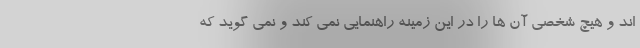
اند و هیچ شخصی آن ها را در این زمینه راهنمایی نمی کند و نمی گوید که